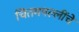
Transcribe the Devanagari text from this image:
चितमपल्लींचे